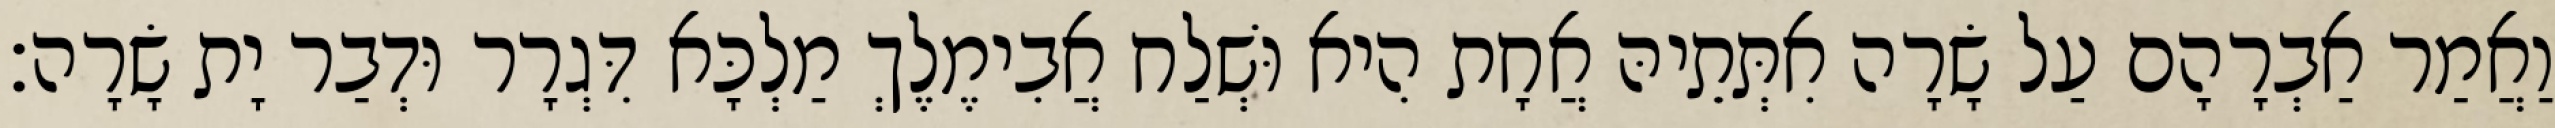
וַאֲמַר אַבְרָהָם עַל שָׂרָה אִתְּתֵיהּ אֲחָת הִיא וּשְׁלַח אֲבִימֶלֶךְ מַלְכָּא דִּגְרָר וּדְבַר יָת שָׂרָה׃